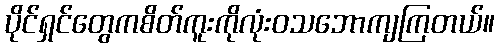
ပိုင်ရှင်တွေကစိတ်ကူးကိုလုံးဝသဘောကျကြတယ်။